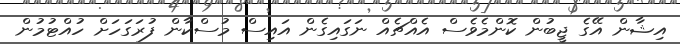
އިޝާން އޭގެ ޖީބުން ކޮންމެވެސް އެއްޗެއް ނަގައިގެން އައިސް މުސްކާން ފުރަގަހަށް ހުއްޓުމުން